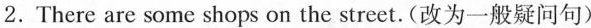
2.There are some shops on the street.(改为一般疑问句)